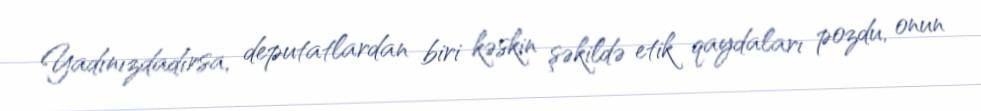
Yadınızdadırsa, deputatlardan biri kəskin şəkildə etik qaydaları pozdu, onun